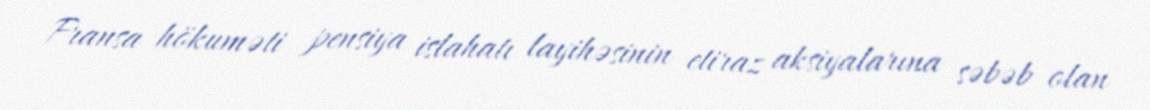
Fransa hökuməti pensiya islahatı layihəsinin etiraz aksiyalarına səbəb olan